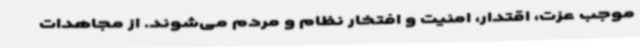
موجب عزت، اقتدار، امنیت و افتخار نظام و مردم می‌شوند. از مجاهدات